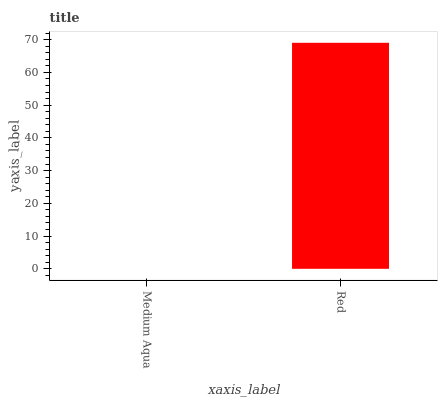
| xaxis_label | bars |
 | --- | --- |
 | Medium Aqua | 0 |
 | Red | 69.1 |